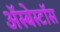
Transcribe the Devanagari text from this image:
ॲस्बेस्टॉस